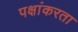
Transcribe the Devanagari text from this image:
पक्षांकरता